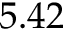
5 . 4 2